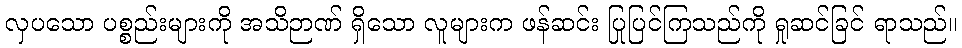
လှပသော ပစ္စည်းများကို အသိဉာဏ် ရှိသော လူများက ဖန်ဆင်း ပြုပြင်ကြသည်ကို ရှုဆင်ခြင် ရာသည်။